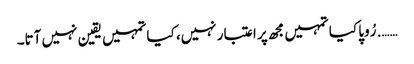
……. رُوپا کیا تمہیں مجھ پر اعتبار نہیں، کیا تمہیں یقین نہیں آتا۔